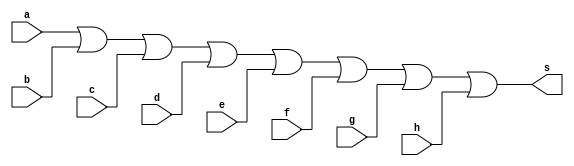
// ----------------------------------------
// Exerccio0012 - EXTRA
// Nome: Joo Henrique Mendes de Oliveira
// ----------------------------------------

// ------------------------- 
// -- or gate 
// -------------------------

module orgate (output s, input a, b, c, d, e, f, g, h);
  assign s = a | b | c | d | e | f | g | h; 
endmodule //-- orgate 

module testorgate;

	reg a, b, c, d, e, f, g, h;
	wire s; 

	orgate OR1(s, a, b, c, d, e, f, g, h);  

	initial begin:start
		a = 0; b = 0; c = 0; d = 0; e = 0; f = 0; g = 0; h = 0; 
	end //-- start
 
	initial begin:main
		$display("Exerccio0012 - Joo Henrique Mendes de Oliveira - 392734"); 
		$display("Test circuito _ Alguns Exemplos"); 
		$display("\na b c d e f g h = s\n");
		$monitor("%b %b %b %b %b %b %b %b = %b", a, b, c, d, e, f, g, h, s);
		
	#1 a = 0; b = 0; c = 0; d = 0; e = 0; f = 0; g = 0; h = 0;
	#1 a = 0; b = 0; c = 0; d = 0; e = 0; f = 0; g = 0; h = 1;
	#1 a = 0; b = 0; c = 0; d = 0; e = 0; f = 0; g = 1; h = 0;
	#1 a = 0; b = 0; c = 0; d = 0; e = 0; f = 1; g = 0; h = 0;
	#1 a = 0; b = 0; c = 0; d = 0; e = 1; f = 0; g = 0; h = 0;
	#1 a = 0; b = 0; c = 0; d = 1; e = 0; f = 0; g = 0; h = 0;
	#1 a = 0; b = 0; c = 1; d = 0; e = 0; f = 0; g = 0; h = 0;
	#1 a = 0; b = 1; c = 0; d = 0; e = 0; f = 0; g = 0; h = 0;
	#1 a = 1; b = 0; c = 0; d = 0; e = 0; f = 0; g = 0; h = 0;
	
   end //-- main
	
endmodule //-- testorgate